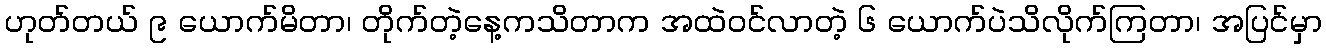
ဟုတ်တယ် ၉ ယောက်မိတာ၊ တိုက်တဲ့နေ့ကသိတာက အထဲဝင်လာတဲ့ ၆ ယောက်ပဲသိလိုက်ကြတာ၊ အပြင်မှာ